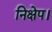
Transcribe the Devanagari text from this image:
निक्षेप।